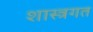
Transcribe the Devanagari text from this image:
शास्त्रगत